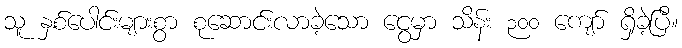
သူ နှစ်ပေါင်းများစွာ စုဆောင်းလာခဲ့သော ငွေမှာ သိန်း ၃၀၀ ကျော် ရှိခဲ့ပြီ။